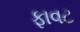
ફાવટ